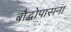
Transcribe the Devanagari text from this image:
बौद्धोपासना